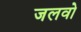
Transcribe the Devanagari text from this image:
जलवो